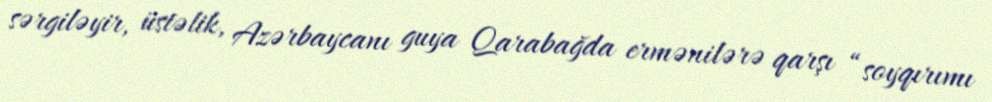
sərgiləyir, üstəlik, Azərbaycanı guya Qarabağda ermənilərə qarşı “soyqırımı